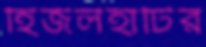
হিজলহাটির